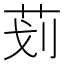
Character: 𰰲